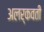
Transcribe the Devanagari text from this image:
अलर्कवती